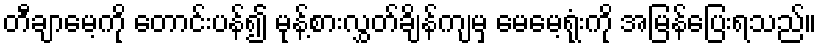
တီချာမေ့ကို တောင်းပန်၍ မုန့်စားလွှတ်ချိန်ကျမှ မေမေ့ရုံးကို အမြန်ပြေးရသည်။